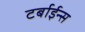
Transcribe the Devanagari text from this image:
टर्बाईन्स